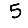
Digit: 5